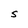
Character: S